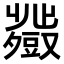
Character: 𧰍